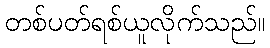
တစ်ပတ်ရစ်ယူလိုက်သည်။